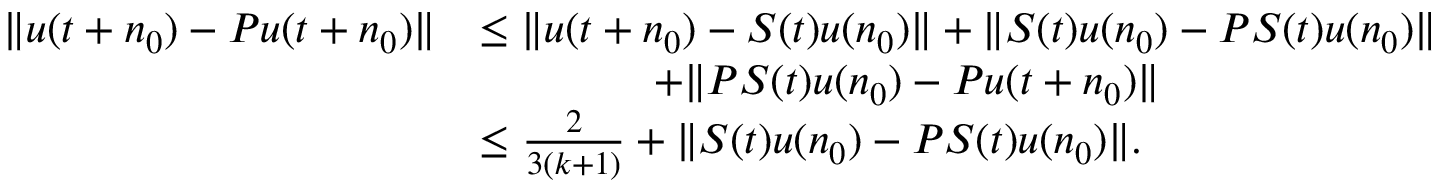
\begin{array} { r l } { \| u ( t + n _ { 0 } ) - P u ( t + n _ { 0 } ) \| } & { \leq \| u ( t + n _ { 0 } ) - S ( t ) u ( n _ { 0 } ) \| + \| S ( t ) u ( n _ { 0 } ) - P S ( t ) u ( n _ { 0 } ) \| } \\ & { \qquad \qquad + \| P S ( t ) u ( n _ { 0 } ) - P u ( t + n _ { 0 } ) \| } \\ & { \leq \frac { 2 } { 3 ( k + 1 ) } + \| S ( t ) u ( n _ { 0 } ) - P S ( t ) u ( n _ { 0 } ) \| . } \end{array}